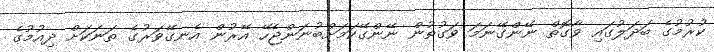
ކުރުމުގެ ބަދަލުގައި ވާގޮތް ނޭންގޭނަމަ ވަގުތުން ނޭންގޭކަމަށްބުނަންޖެހޭ އޭރުން އެނގޭވަރުގެ ތަނަކަށް ދިއުމުގެ